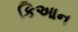
કિઆન